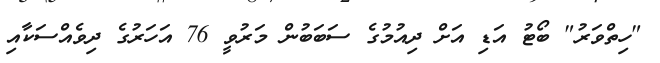
"ހިތްވަރު" ބޯޓު އަޑި އަށް ދިއުމުގެ ސަބަބުން މަރުވީ 76 އަހަރުގެ ދިވެއްސަކާއި